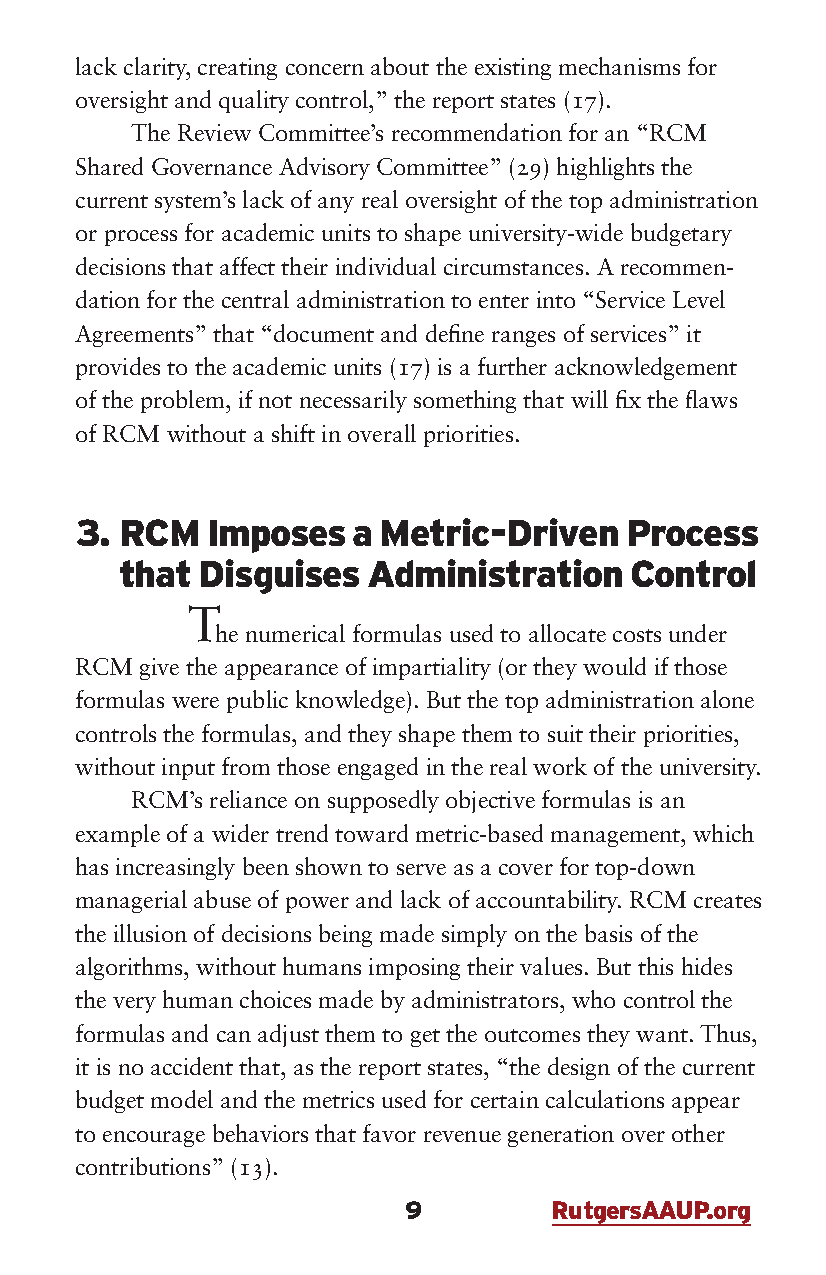
lack clarity, creating concern about the existing mechanisms for
 oversight and quality control,” the report states (17).
 The Review Committee’s recommendation for an “RCM
 Shared Governance Advisory Committee” (29) highlights the
 current system’s lack of any real oversight of the top administration
 or process for academic units to shape university-wide budgetary
 decisions that affect their individual circumstances. A recommen-
 dation for the central administration to enter into “Service Level
 Agreements” that “document and define ranges of services” it
 provides to the academic units (17) is a further acknowledgement
 of the problem, if not necessarily something that will fix the flaws
 of RCM without a shift in overall priorities.
 3. RCM   Imposes  a Metric-Driven   Process
 that Disguises  Administration    Control
 T
 he numerical formulas used to allocate costs under
 RCM give the appearance of impartiality (or they would if those
 formulas were public knowledge). But the top administration alone
 controls the formulas, and they shape them to suit their priorities,
 without input from those engaged in the real work of the university.
 RCM’s reliance on supposedly objective formulas is an
 example of a wider trend toward metric-based management, which
 has increasingly been shown to serve as a cover for top-down
 managerial abuse of power and lack of accountability. RCM creates
 the illusion of decisions being made simply on the basis of the
 algorithms, without humans imposing their values. But this hides
 the very human choices made by administrators, who control the
 formulas and can adjust them to get the outcomes they want. Thus,
 it is no accident that, as the report states, “the design of the current
 budget model and the metrics used for certain calculations appear
 to encourage behaviors that favor revenue generation over other
 contributions” (13).
 9        RutgersAAUP.org